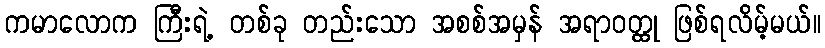
ကမာလောက ကြီးရဲ့ တစ်ခု တည်းသော အစစ်အမှန် အရာဝတ္ထု ဖြစ်ရလိမ့်မယ်။